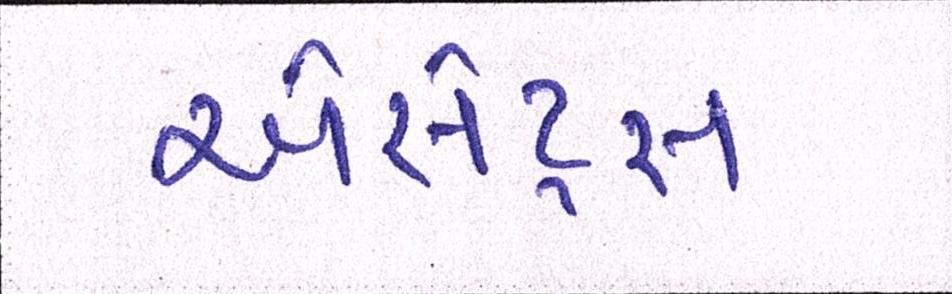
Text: એસેટ્સ